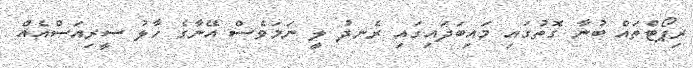
ރިޕޯޓްތައް ބުނާ ގޮތުގައި މައިބަދައިގައި ރެނދު ލީ ނަމަވެސް އޭނާގެ ހާލު ސީރިއަސްއެއް